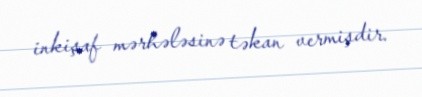
inkişaf mərhələsinə təkan vermişdir.